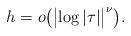
LaTeX: \begin{align*}h=o\bigl(\bigl|\log|\tau |\bigr| ^\nu \bigr).\end{align*}